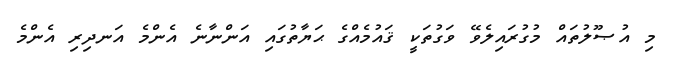
މި އުޞޫލުތައް މުގުރައިލެވޭ ވަގުތަކީ ޤައުމެއްގެ ޙަޔާތުގައި އަންނާނެ އެންމެ އަނދިރި އެންމެ